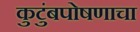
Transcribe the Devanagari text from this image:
कुटुंबपोषणाचा